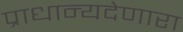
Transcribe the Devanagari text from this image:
प्राधान्यदेणारा